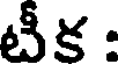
టీక :